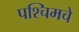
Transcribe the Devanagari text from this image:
पश्‍चिमचे